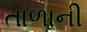
તાળાની